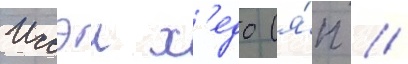
Иссэи х'едо (я́п //